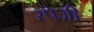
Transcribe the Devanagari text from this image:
स्पेज़ी